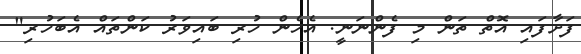
ފަށާފައި އޮތް ތަން މި ފެންނަނީ. އެހެން ހުރި ބައިވަރު ކަންތައް އެބަހުރި"